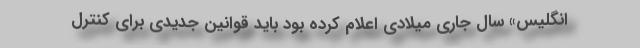
انگلیس» سال جاری میلادی اعلام کرده بود باید قوانین جدیدی برای کنترل